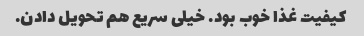
کیفیت غذا خوب بود. خیلی سریع هم تحویل دادن.